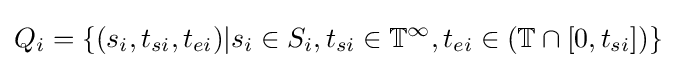
Q_{i}=\{(s_{i},t_{si},t_{ei})|s_{i}\in S_{i},t_{si}\in \mathbb {T} ^{\infty },t_{ei}\in (\mathbb {T} \cap [0,t_{si}])\}